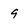
Character: 9